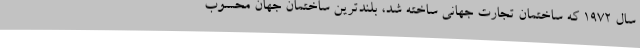
سال ۱۹۷۲ که ساختمان تجارت جهانی ساخته شد، بلند‌ترین ساختمان جهان محسوب